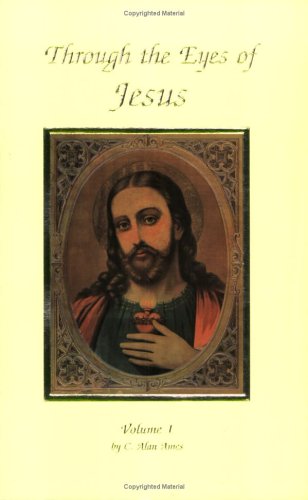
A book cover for Through The Eyes Of Jesus, Vol. 1; Alan Ames; Christian Books & Bibles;